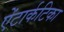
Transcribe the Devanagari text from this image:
ऐंटार्कटिका